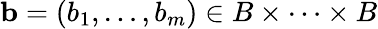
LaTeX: {\mathbf b}=(b_{1},\dots,b_{m})\in B\times\dots\times B